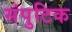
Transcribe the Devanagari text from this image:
संपुटिक